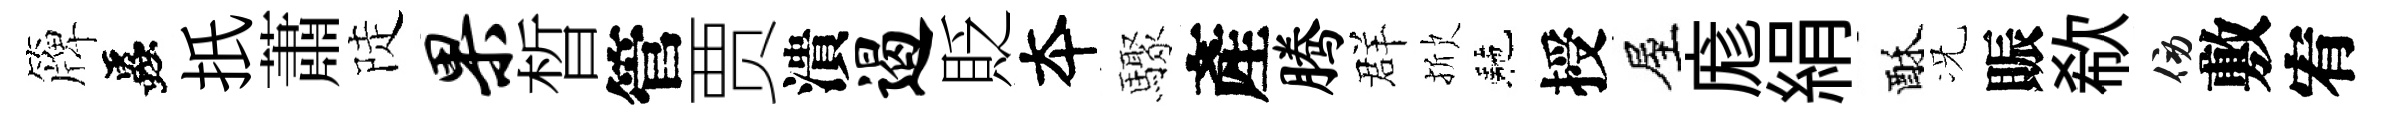
簰蟲扺蕭陡果晳管贾潰遏貶夲驟產腾群掀駰授屋庬絹酥况賑欷傍敷宥